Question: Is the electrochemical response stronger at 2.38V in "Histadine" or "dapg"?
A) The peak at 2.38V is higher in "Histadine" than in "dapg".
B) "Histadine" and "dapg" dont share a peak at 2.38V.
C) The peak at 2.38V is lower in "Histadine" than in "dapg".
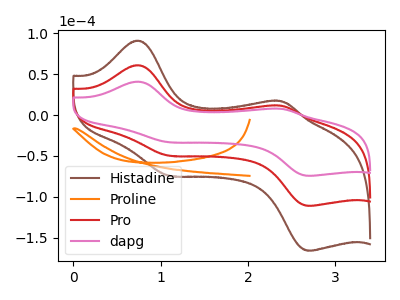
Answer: <think>The brown curve "Histadine" has anodic peaks at (0.75V, 121.60uA) (2.40V, 22.55uA) and cathodic peaks at (1.10V, -99.05uA) (2.70V, -221.95uA). The orange curve "Proline" has no peaks. The red curve "Pro" has anodic peaks at (0.75V, 60.80uA) (2.40V, 11.30uA) and cathodic peaks at (1.10V, -49.50uA) (2.70V, -111.00uA). The pink curve "dapg" has anodic peaks at (0.75V, 40.70uA) (2.40V, 7.55uA) and cathodic peaks at (1.10V, -33.15uA) (2.70V, -74.30uA).</think>
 <answer>A) The peak at 2.38V is higher in "Histadine" than in "dapg".</answer>
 <eval>A</eval>